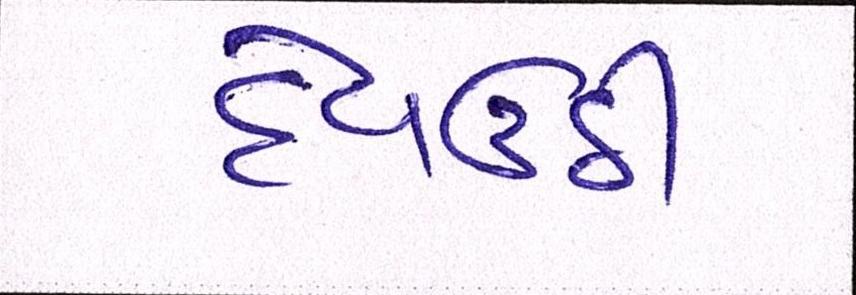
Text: દેવઉઠી